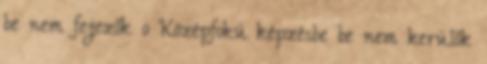
be nem fejezők o Középfokú képzésbe be nem kerülők